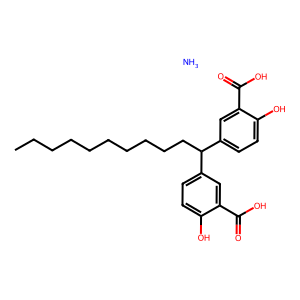
SMILES: CCCCCCCCCCC(c1ccc(O)c(C(=O)O)c1)c1ccc(O)c(C(=O)O)c1.N
Inhibits HIV replication: Yes